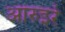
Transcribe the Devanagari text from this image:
आरुइरे